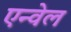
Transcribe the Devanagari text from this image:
एन्वेल